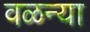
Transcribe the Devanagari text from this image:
वळन्या